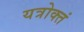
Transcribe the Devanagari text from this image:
यत्रोक्तं